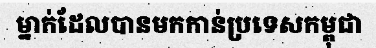
ម្នាក់ដែលបានមកកាន់ប្រទេសកម្ពុជា